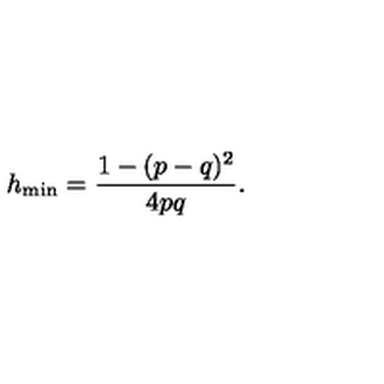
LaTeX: h _ { \mathrm { \scriptsize m i n } } = \frac { 1 - ( p - q ) ^ { 2 } } { 4 p q } .